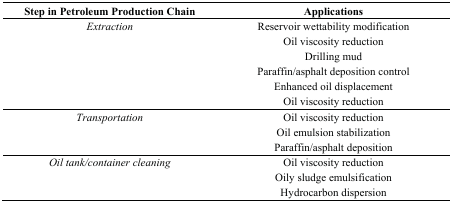
| Step in Petroleum Production Chain | Applications |
 | --- | --- |
 | Extraction | Reservoir wettability modification |
 |  | Oil viscosity reduction |
 |  | Drilling mud |
 |  | Paraffin/asphalt deposition control |
 |  | Enhanced oil displacement |
 |  | Oil viscosity reduction |
 | Transportation | Oil viscosity reduction |
 |  | Oil emulsion stabilization |
 |  | Paraffin/asphalt deposition |
 | Oil tank/container cleaning | Oil viscosity reduction |
 |  | Oily sludge emulsification |
 |  | Hydrocarbon dispersion |